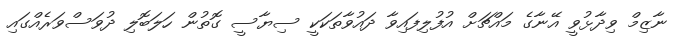
ނާޒިމް ވިދާޅުވީ އޭނާގެ މައްޗަށް އުފުލިފައިވާ ދައުވާތަކަކީ ސިޔާސީ ގޮތުން ހަލަބޮލި ދުވަސްވަރެއްގައި